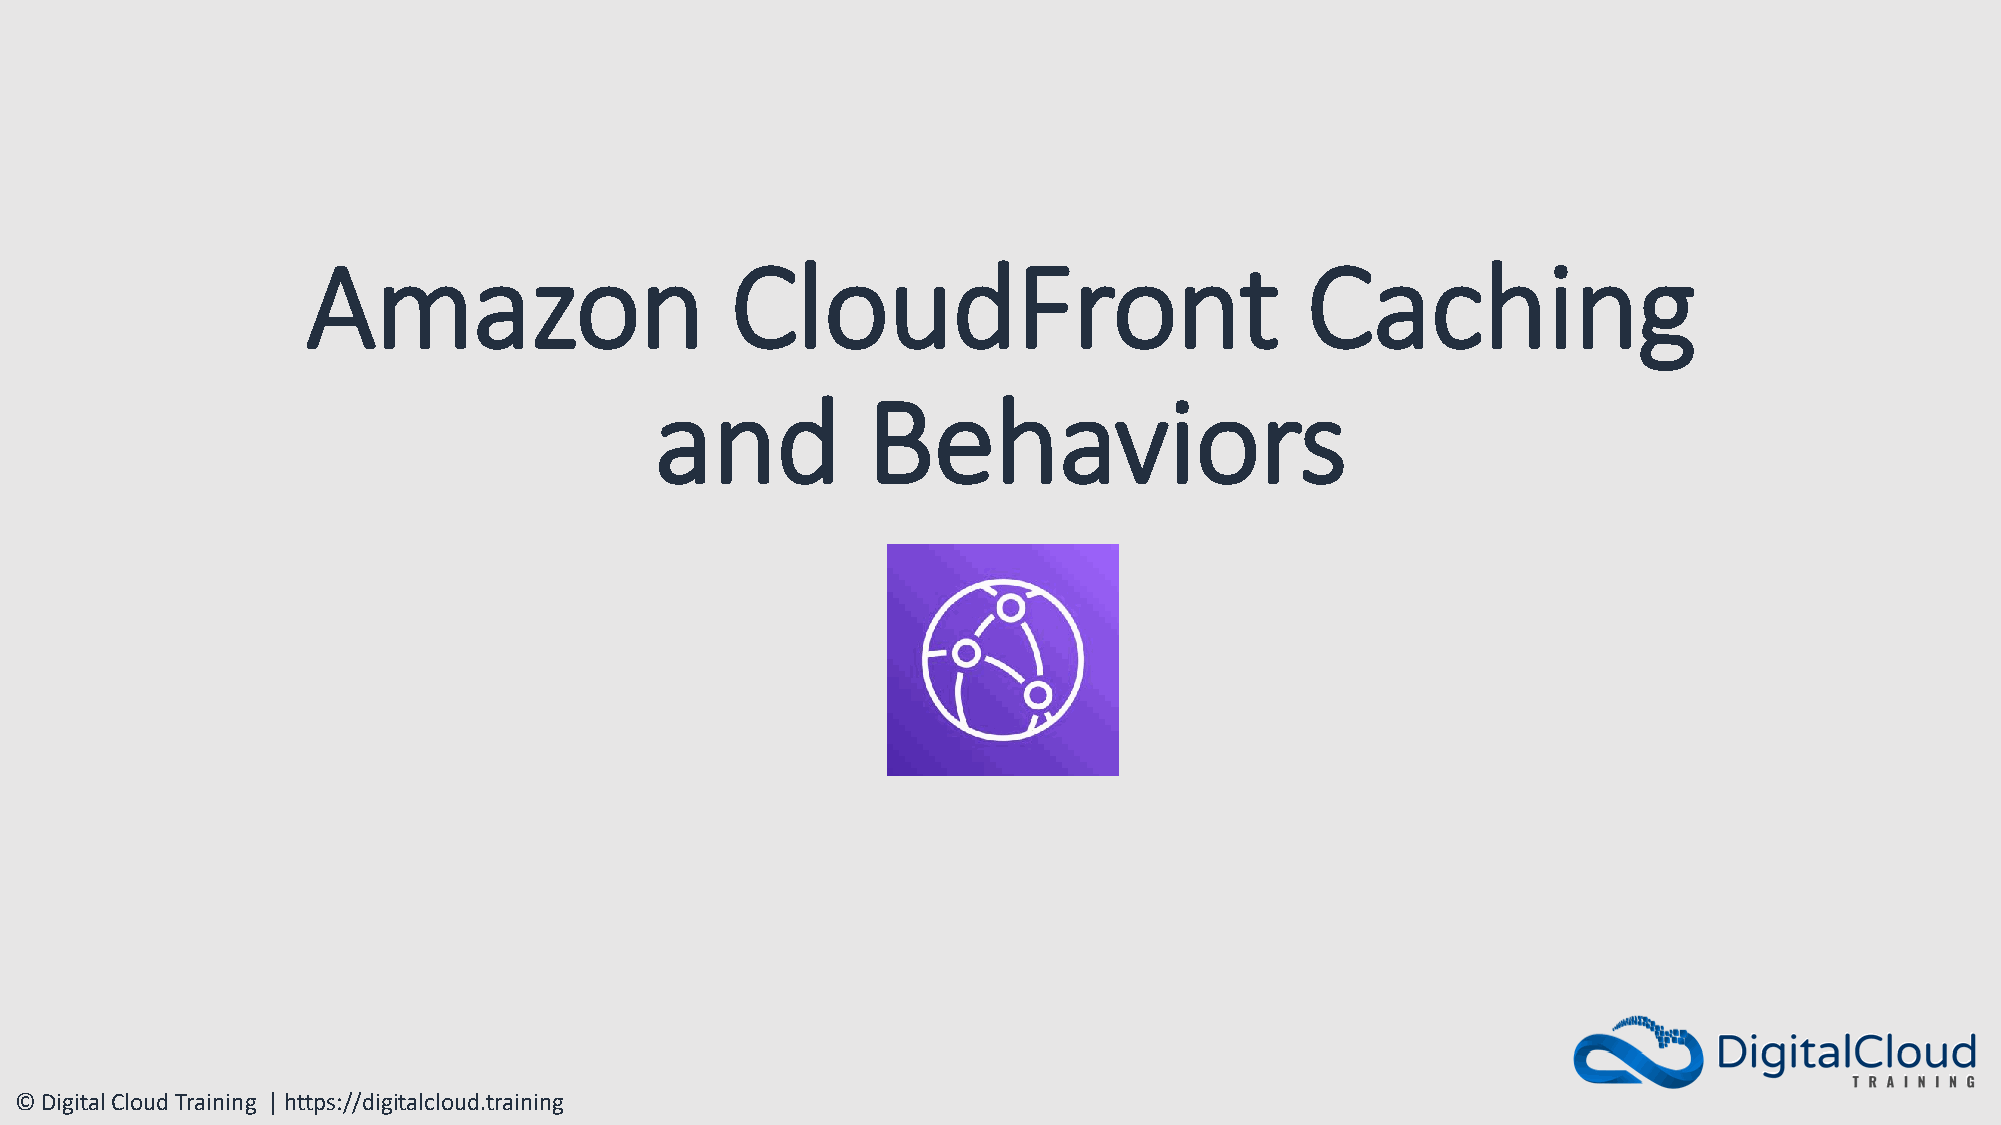
Amazon                      CloudFront                            Caching
 and           Behaviors
 © Digital Cloud Training | https://digitalcloud.training